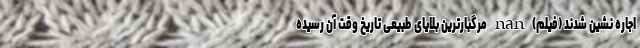
اجاره نشین شدند (فیلم) nan مرگبارترین بلایای طبیعی تاریخ وقت آن رسیده